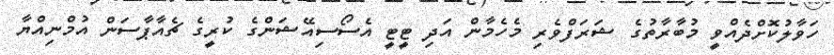
ހަވާލުކޮށްދެއްވީ މުބާރާތުގެ ޝަރަފްވެރި މެހެމާން އަދި ޓީޓީ އެސޯސިއޭޝަންގެ ކުރީގެ ޗެއާޕާސަން އުމްނިއްޔާ